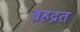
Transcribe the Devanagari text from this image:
ब्रहद्रत